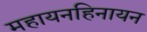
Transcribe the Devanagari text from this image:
महायनहिनायन